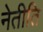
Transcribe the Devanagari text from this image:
नेतीति